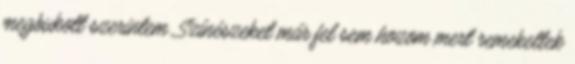
megbukott szerintem. Színészeket már fel sem hozom mert remekeltek